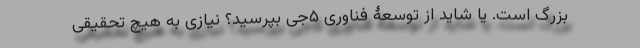
بزرگ است. یا شاید از توسعۀ فناوری ۵جی بپرسید؟ نیازی به هیچ تحقیقی